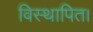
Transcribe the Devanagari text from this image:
विस्थापित।